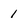
Character: i